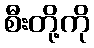
စီးတို့ကို